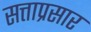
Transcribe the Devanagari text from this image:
सत्ताप्रसार